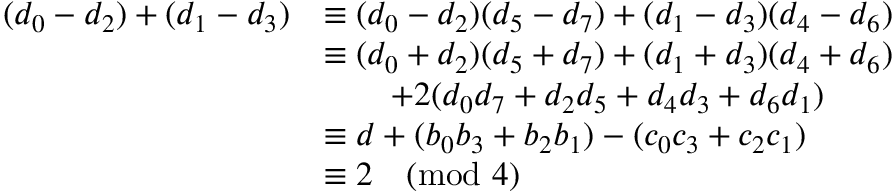
\begin{array} { r l } { ( d _ { 0 } - d _ { 2 } ) + ( d _ { 1 } - d _ { 3 } ) } & { \equiv ( d _ { 0 } - d _ { 2 } ) ( d _ { 5 } - d _ { 7 } ) + ( d _ { 1 } - d _ { 3 } ) ( d _ { 4 } - d _ { 6 } ) } \\ & { \equiv ( d _ { 0 } + d _ { 2 } ) ( d _ { 5 } + d _ { 7 } ) + ( d _ { 1 } + d _ { 3 } ) ( d _ { 4 } + d _ { 6 } ) } \\ & { \qquad + 2 ( d _ { 0 } d _ { 7 } + d _ { 2 } d _ { 5 } + d _ { 4 } d _ { 3 } + d _ { 6 } d _ { 1 } ) } \\ & { \equiv d + ( b _ { 0 } b _ { 3 } + b _ { 2 } b _ { 1 } ) - ( c _ { 0 } c _ { 3 } + c _ { 2 } c _ { 1 } ) } \\ & { \equiv 2 \pmod { 4 } } \end{array}